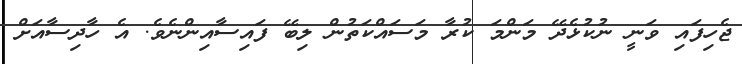
ޖެހިފައި ވަނީ ނުކުޅެދޭ މަންމަ ކުރާ މަސައްކަތުން ލިބޭ ފައިސާއިންނެވެ. އެ ހާދިސާއަށް